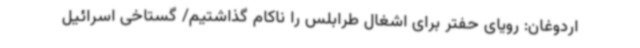
اردوغان: رویای حفتر برای اشغال طرابلس را ناکام گذاشتیم/ گستاخی اسرائیل